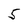
Character: 5